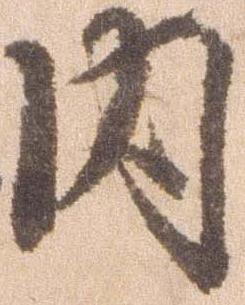
内